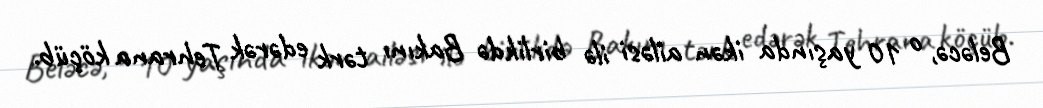
Beləcə, o 10 yaşında ikən ailəsi ilə birlikdə Bakını tərk edərək Tehrana köçüb.